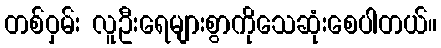
တစ်ဝှမ်း လူဦးရေများစွာကိုသေဆုံးစေပါတယ်။